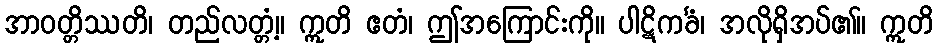
အာဝတ္တိဿတိ၊ တည်လတ္တံ့။ ဣတိ ဧတံ၊ ဤအကြောင်းကို။ ပါဋိကင်္ခံ၊ အလိုရှိအပ်၏။ ဣတိ